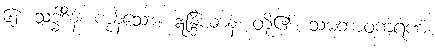
၆၂။ သဒ္ဓါဒီနံ၊ ကုန်သော။ ဣန္ဒြိယာနံ၊ တို့၏။ သမဘာဝကရဏံ၊